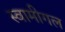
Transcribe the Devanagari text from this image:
स्वामीगल